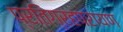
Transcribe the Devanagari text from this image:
प्रतिग्रहपरायण